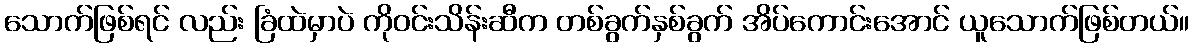
သောက်ဖြစ်ရင် လည်း ခြံထဲမှာပဲ ကိုဝင်းသိန်းဆီက တစ်ခွက်နှစ်ခွက် အိပ်ကောင်းအောင် ယူသောက်ဖြစ်တယ်။